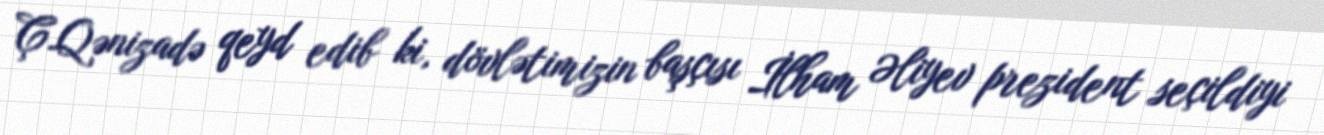
Ç.Qənizadə qeyd edib ki, dövlətimizin başçısı İlham Əliyev prezident seçildiyi